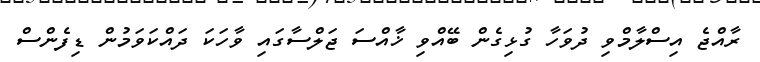
ރާއްޖެ އިސްލާމްވި ދުވަހާ ގުޅިގެން ބޭއްވި ޚާއްސަ ޖަލްސާގައި ވާހަކަ ދައްކަވަމުން ޑިފެންސް